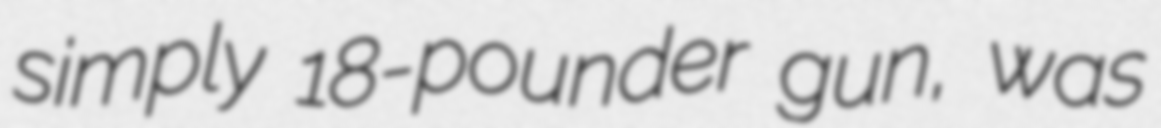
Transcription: simply 18-pounder gun, was